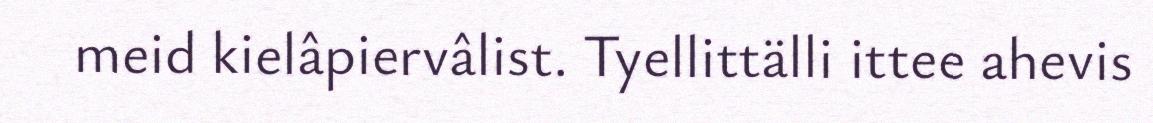
meid kielâpiervâlist. Tyellittälli ittee ahevis